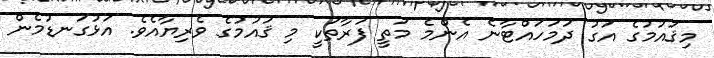
މިޤައުމުގެ އަގު ދަމަހައްޓާނެ އެންމެ މަތީ ފަރާތަކީ މި ޤައުމުގެ ވެރިޔާއެވެ. އަޅުގަނޑުމެން